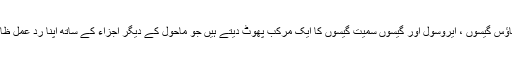
آتش فشاں گیس ہاؤس گیسوں ، ایروسول اور گیسوں سمیت گیسوں کا ایک مرکب پھوٹ دیتے ہیں جو ماحول کے دیگر اجزاء کے ساتھ اپنا رد عمل ظاہر کرسکتے ہیں۔